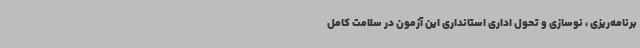
برنامه‌ریزی ، نوسازی و تحول اداری استانداری این آزمون در سلامت کامل